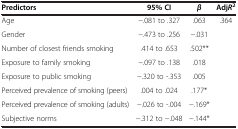
<table><thead><tr><td><b>Predictors</b></td><td><b>95% CI</b></td><td><b><i>β</i></b></td><td><b>Adj<i>R</i><sup>2</sup></b></td></tr></thead><tbody><tr><td>Age</td><td>−.081 to .327</td><td>.063</td><td rowspan="8">.364</td></tr><tr><td>Gender</td><td>−.473 to .256</td><td>−.031</td></tr><tr><td>Number of closest friends smoking</td><td>.414 to .653</td><td>.502**</td></tr><tr><td>Exposure to family smoking</td><td>−.097 to .138</td><td>.018</td></tr><tr><td>Exposure to public smoking</td><td>−.320 to -.353</td><td>.005</td></tr><tr><td>Perceived prevalence of smoking (peers)</td><td>.004 to .024</td><td>.177*</td></tr><tr><td>Perceived prevalence of smoking (adults)</td><td>−.026 to -.004</td><td>−.169*</td></tr><tr><td>Subjective norms</td><td>−.312 to −.048</td><td>−.144*</td></tr></tbody></table>